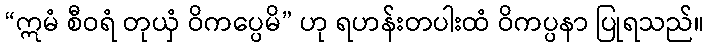
“ဣမံ စီဝရံ တုယှံ ဝိကပ္ပေမိ” ဟု ရဟန်းတပါးထံ ဝိကပ္ပနာ ပြုရသည်။